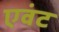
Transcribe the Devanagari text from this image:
एवंट